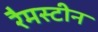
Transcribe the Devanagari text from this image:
रैमस्टीन